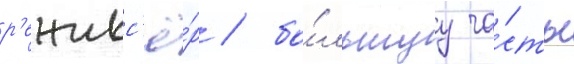
р'ежисс'ё́р / бо́льшуу ча́сть